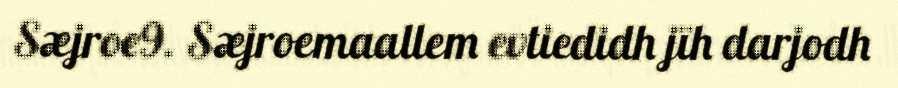
Sæjroe9. Sæjroemaallem evtiedidh jïh darjodh